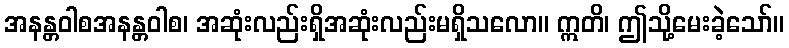
အနန္တဝါစအနန္တဝါစ၊ အဆုံးလည်းရှိအဆုံးလည်းမရှိသလော။ ဣတိ၊ ဤသို့မေးခဲ့သော်။